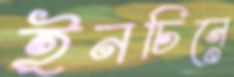
ইনচিনে